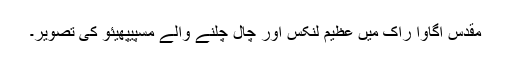
مقدس اگاوا راک میں عظیم لنکس اور چال چلنے والے مسپیپھیئو کی تصویر۔